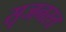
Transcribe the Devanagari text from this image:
सृजनरत